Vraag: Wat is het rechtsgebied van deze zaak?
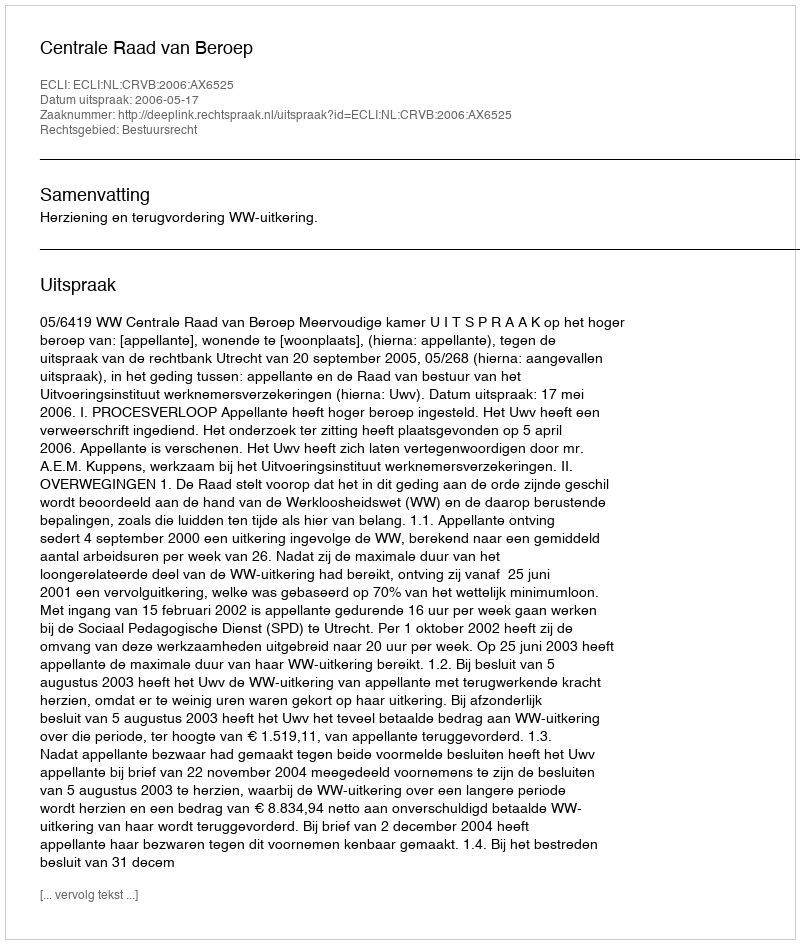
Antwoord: Bestuursrecht